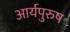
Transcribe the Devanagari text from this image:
आर्यपुरुष